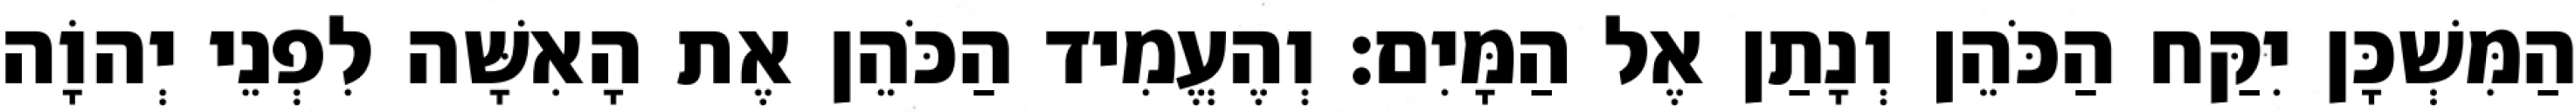
הַמִּשְׁכָּן יִקַּח הַכֹּהֵן וְנָתַן אֶל הַמָּיִם׃ וְהֶעֱמִיד הַכֹּהֵן אֶת הָאִשָּׁה לִפְנֵי יְהוָֹה